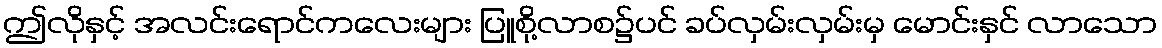
ဤလိုနှင့် အလင်းရောင်ကလေးများ ပြူစို့လာစ၌ပင် ခပ်လှမ်းလှမ်းမှ မောင်းနှင် လာသော